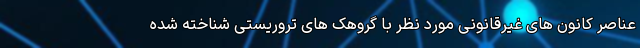
عناصر کانون های غیرقانونی مورد نظر با گروهک های تروریستی شناخته شده